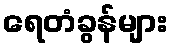
ရေတံခွန်များ